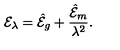
{ \cal E } _ { \lambda } = { \hat { \cal E } } _ { g } + { \frac { { \hat { \cal E } } _ { m } } { \lambda ^ { 2 } } } . \,